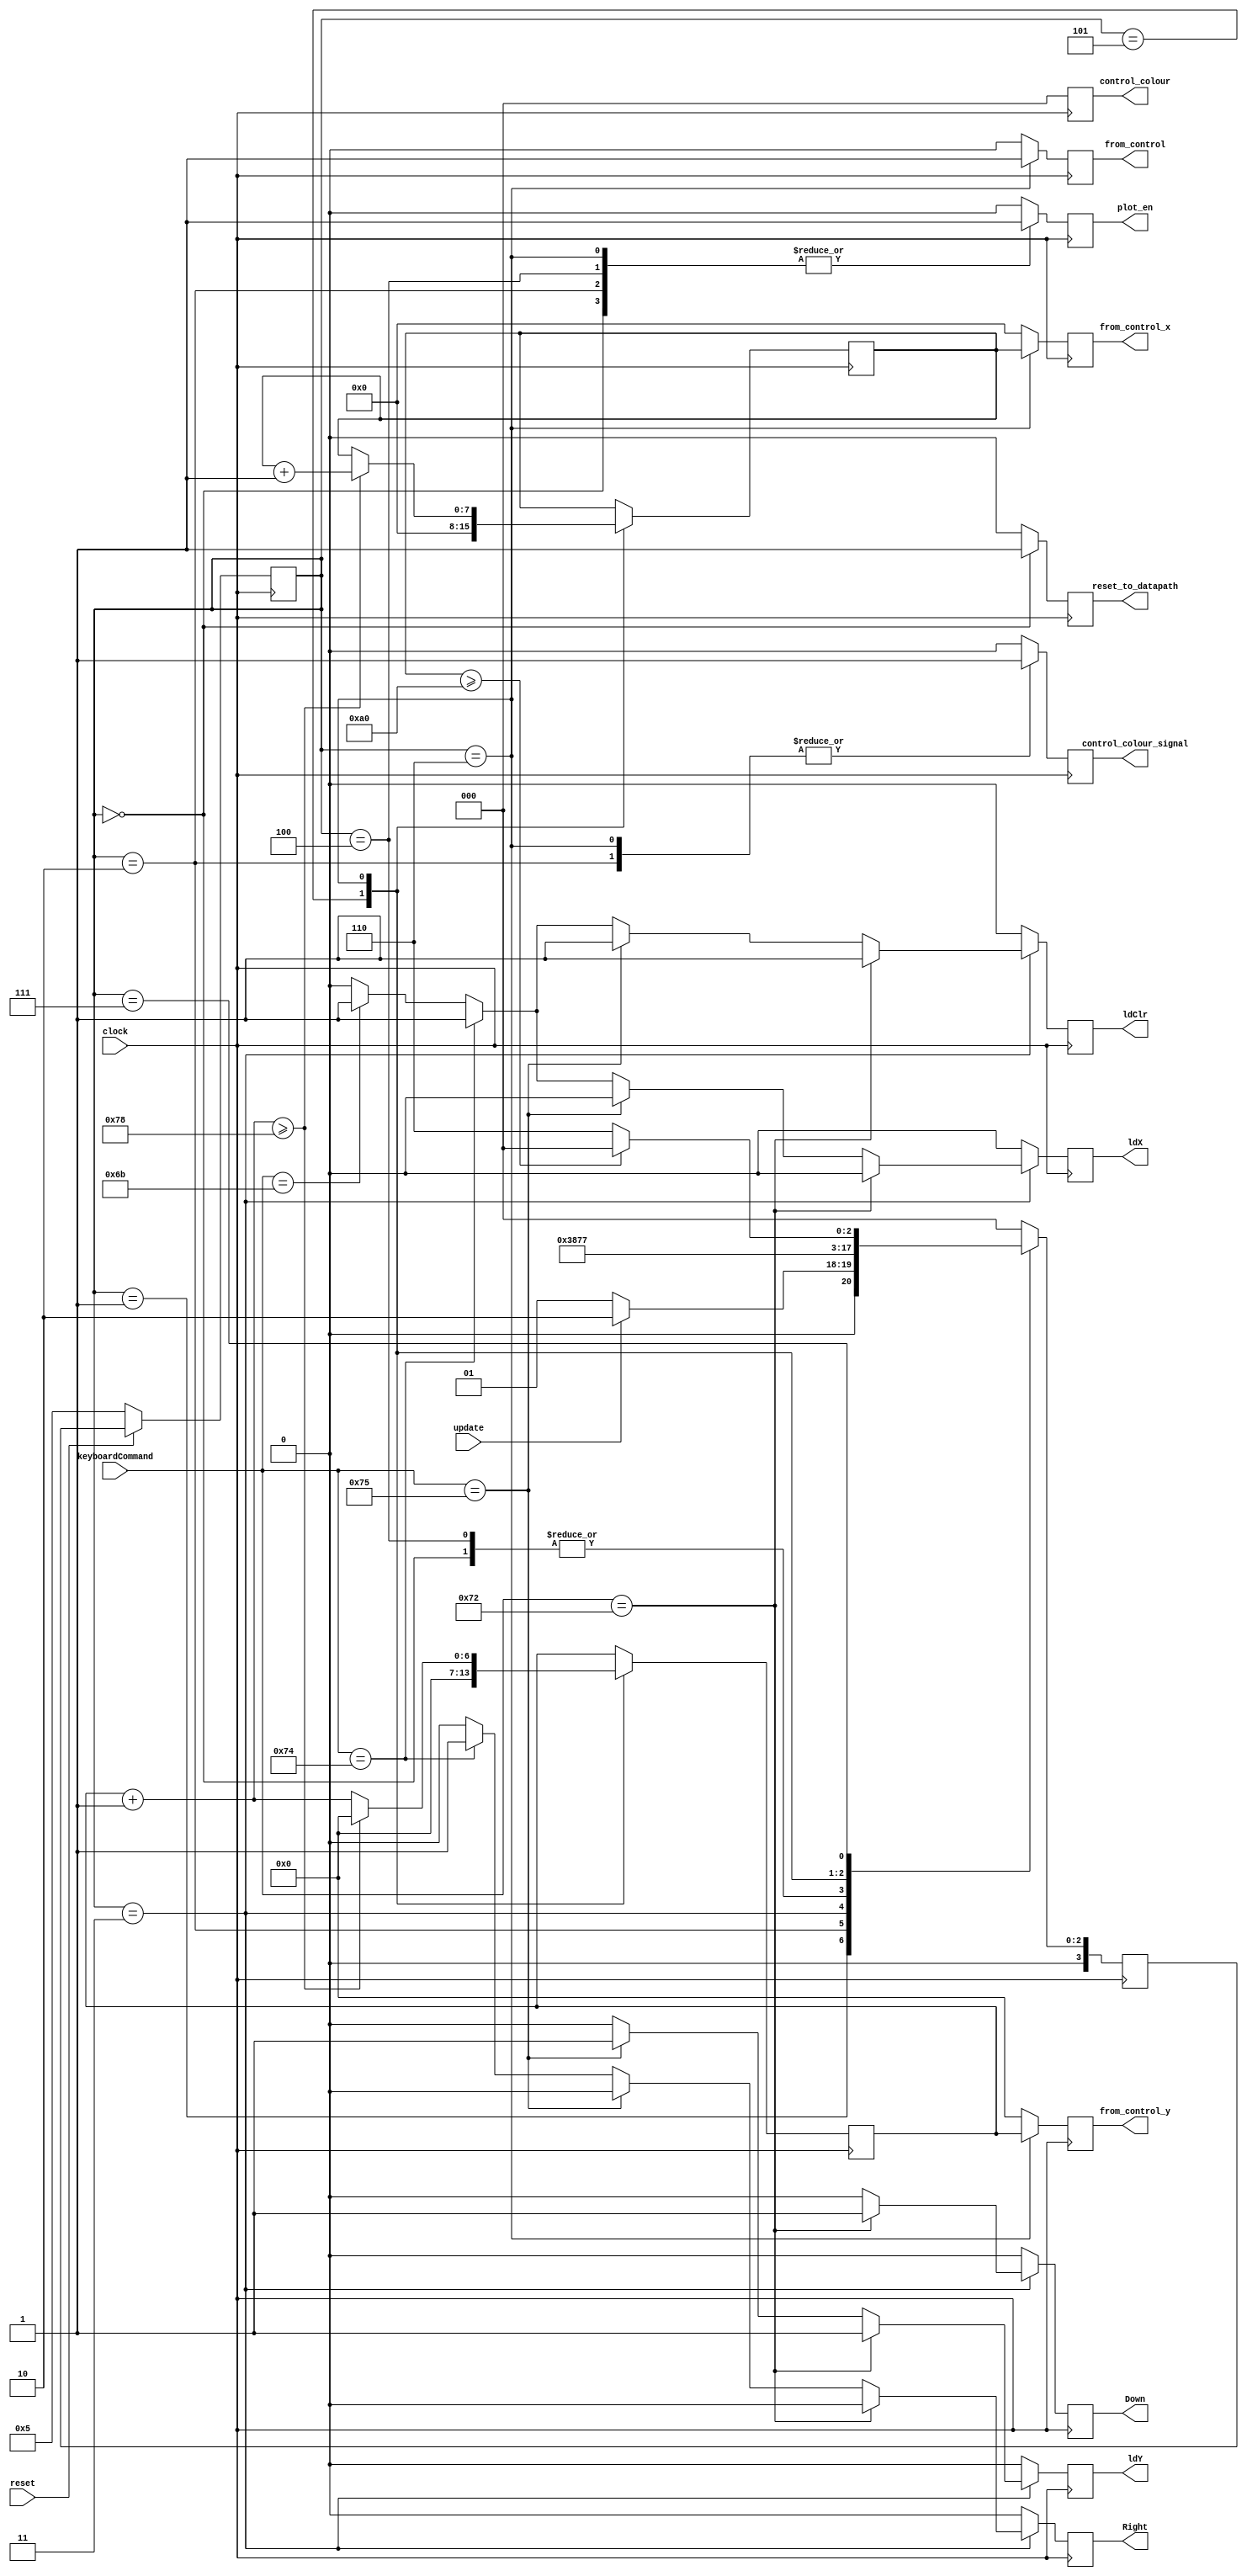

module controller(clock, update, keyboardCommand, Down, Right,plot_en, ldX, ldY, ldClr, reset, control_colour_signal,control_colour,reset_to_datapath,
						from_control, from_control_x, from_control_y);

	// Inputs
	input	clock;
	input	update, reset;
	input [7:0] keyboardCommand;

	// Bidirectionals

	// Outputs
	output Down, Right;
	output reg plot_en, ldX, ldY, ldClr, control_colour_signal,reset_to_datapath, from_control;
	output reg [2:0] control_colour;
	output reg [7:0] from_control_x;
	output reg [6:0] from_control_y;


	// Internal Registers
	reg down, right, stay;

	// State Machine Registers
	reg [3:0] current_state, next_state;
	reg [7:0] x_clr_count;
	reg [6:0] y_clr_count;
	
	localparam S_INIT_POS			=	4'd0,
				  S_UPDATE				=	4'd1,
				  S_CLEAR				=	4'd2,
				  S_UPDATE_DIR			=	4'd3,
//				  S_UPDATE_POS			=	4'd4,
				  S_PLOT					=	4'd4,
				  S_BLACK_CLEAR   	=  4'd5,
				  S_BLACK_CLEAR_INCR	=  4'd6,
				  S_BLACK_CLEAR_END	=	4'd7;
				  
	// Next state logic aka our state table
	 always@(posedge clock)
	 begin : state_table
		case (current_state)
			 S_INIT_POS				:		next_state = S_UPDATE;
			 S_UPDATE				:		next_state = update ? S_CLEAR : S_UPDATE;
			 S_CLEAR					:		next_state = S_UPDATE_DIR;
			 S_UPDATE_DIR			:		next_state = S_PLOT;
//			 S_UPDATE_POS			:		next_state = S_PLOT;
			 S_PLOT					:		next_state = S_UPDATE;
			 S_BLACK_CLEAR			:		next_state = S_BLACK_CLEAR_INCR;
			 S_BLACK_CLEAR_INCR	: 		next_state = S_BLACK_CLEAR_END;
			 S_BLACK_CLEAR_END	: 		next_state = x_clr_count >= 8'd160 ? S_INIT_POS : S_BLACK_CLEAR_INCR;
			 default					:		next_state = S_INIT_POS;
		endcase
	 end // End of State Table
	 
	 // Output logic aka all of our datapath control signals
	 always @(posedge clock)
	 begin: enable_signals
		  // By default make all our signals 0 to avoid latches.
		  ldX  = 1'b0;
		  ldY = 1'b0;
		  ldClr = 1'b0;
		  plot_en = 1'b0;
		  reset_to_datapath = 1'b0;
		  control_colour_signal = 1'b0;
		  right = 1'b0;
		  down = 1'b0;
		  stay = 1'b0;
		  control_colour = 3'b000;
		  from_control = 0;
		  from_control_x = 8'b0;
		  from_control_y = 7'b0;
		  
		  case (current_state)
				S_INIT_POS: begin
					 plot_en <= 1'b1;
					 reset_to_datapath <= 1'b1;
					 control_colour_signal <= 1'b0;
				end
				S_CLEAR: begin
					 plot_en <= 1'b1;
					 control_colour_signal <= 1'b1;
					 control_colour <= 3'b000;
				end
				S_UPDATE_DIR: begin
					 if(keyboardCommand == 8'h72)	//down
						begin
							ldY <= 1'b1;
							ldClr <= 1'b1;
							control_colour_signal <= 1'b0;
							down <= 1'b1;
						end
					 else if(keyboardCommand == 8'h75) //up
					 begin
							ldY <= 1'b1;
							ldClr <= 1'b1;
							control_colour_signal <= 1'b0;
							down <= 1'b0;
						end
					 else if(keyboardCommand == 8'h74)	//right
					 begin
							ldX <= 1'b1;
							ldClr <= 1'b1;
							control_colour_signal <= 1'b0;
							right <= 1'b1;
						end
					 else if(keyboardCommand == 8'h6B)	//left
					 begin
							ldX <= 1'b1;
							ldClr <= 1'b1;
							control_colour_signal <= 1'b0;
							right <= 1'b0;
					 end
				end
//				S_UPDATE_POS: begin 
//					ldX = 1'b1;
//					ldY = 1'b1;
//					ldClr = 1'b1;
//					end
				S_PLOT: begin 
					plot_en <= 1'b1;
				end
//				S_BLACK_RESET: begin
//					 plot_en = 1'b1;
//					 control_colour_signal = 1'b1;
//					 control_colour = 3'b000;
//				end
				S_BLACK_CLEAR: begin
					x_clr_count <= 8'd0;
					y_clr_count <= 7'd0;
				end
				S_BLACK_CLEAR_INCR: begin
					plot_en <= 1;
					from_control <= 1;
					control_colour_signal <= 1'b1;
					from_control_x <= x_clr_count;
					from_control_y <= y_clr_count;
					control_colour <= 3'b000;
					y_clr_count = y_clr_count + 1;
					if (y_clr_count >= 7'd120) begin
						y_clr_count <= 0;
						x_clr_count <= x_clr_count + 1;
					end
				end
		     // don't need default since we already made sure all of our outputs were assigned a value at the start of the always block
		  endcase
	 end // enable_signals


	// current_state registers
	always@(posedge clock)
	begin: state_FFs
	  if(~reset)
		  begin
				current_state <= S_BLACK_CLEAR;
		  end
	  else
			current_state <= next_state;
	end // state_FFS



	assign Down = down;
	assign Right = right;
 

endmodule